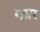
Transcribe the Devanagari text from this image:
रत्नार